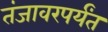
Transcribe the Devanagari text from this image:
तंजावरपर्यंत